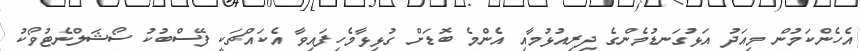
އެހެންކަމުން މިއަދު އަޅުގަނޑުމެންގެ ދިރިއުޅުމާއި އެންމެ ބޮޑަށް ގުޅިޅާމެހިފައިވާ އެކައްޗަކީ ފޭސްބުކު ސޯޝަލްނެޓުވޯކު